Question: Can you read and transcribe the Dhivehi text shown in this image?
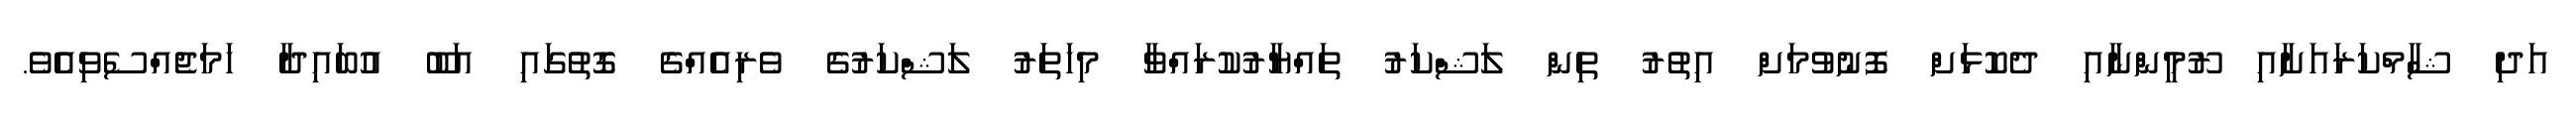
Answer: އަދި ޝާމްކަރައަށާއި ރޫމީންނާއި ދެކޮޅަށް ފޮނުވުމަށް އިތުރު ތިން ލަޝްކަރު ތައްޔާރުކުރައްވާ މިހަތަރު ލަޝްކަރުގެ ވެރިއެއްގެ ގޮތުގައި އަބޫ އުބައިދާ ހަމަޖެއްސެވިއެވެ.